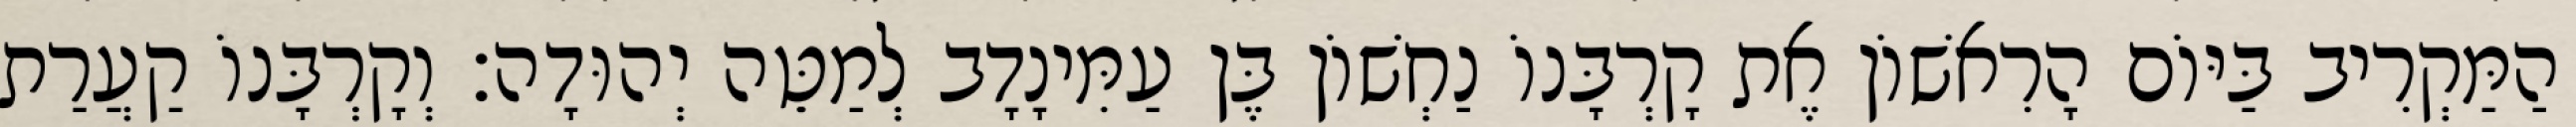
הַמַּקְרִיב בַּיּוֹם הָרִאשׁוֹן אֶת קָרְבָּנוֹ נַחְשׁוֹן בֶּן עַמִּינָדָב לְמַטֵּה יְהוּדָה׃ וְקָרְבָּנוֹ קַעֲרַת